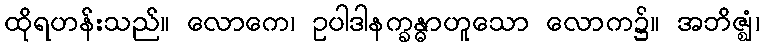
ထိုရဟန်းသည်။ လောကေ၊ ဥပါဒါနက္ခန္ဓာဟူသော လောက၌။ အဘိဇ္ဈံ၊